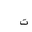
Letter: _ta